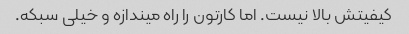
کیفیتش بالا نیست. اما کارتون را راه میندازه و خیلی سبکه.